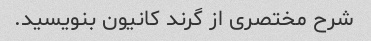
شرح مختصری از گرند کانیون بنویسید.